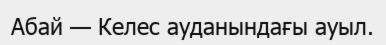
Абай — Келес ауданындағы ауыл.